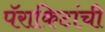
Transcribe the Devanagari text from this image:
पॅराकिटांची